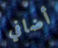
أضافي